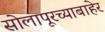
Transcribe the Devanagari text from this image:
सोलापूरच्याबाहेर